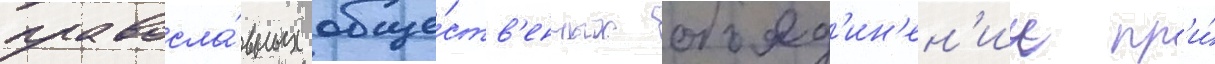
правосла́вных обще́ств'енных объед'ин'ен'ии пр'и́